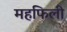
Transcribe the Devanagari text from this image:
महफिली